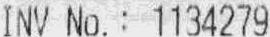
INV NO.: 1134279